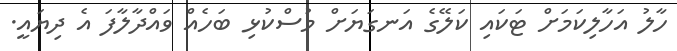
ހާލު އަހާލިކަމަށް ޓަކައި ކަލޭގެ އަނގަޔަށް މުސްކުޅި ބަހެއް ވައްދާލާފަ އެ ދިޔައީ.